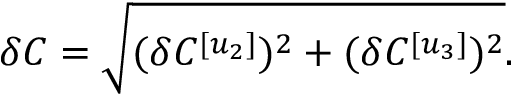
\delta C = \sqrt { ( \delta C ^ { [ u _ { 2 } ] } ) ^ { 2 } + ( \delta C ^ { [ u _ { 3 } ] } ) ^ { 2 } } .